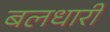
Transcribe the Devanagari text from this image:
बलधारी